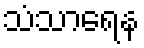
သံသာရေန